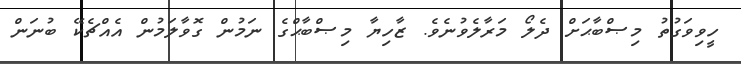
ހީވިވަގުތު މިޞްބާޙަށް ދެލޯ މަރާލެވުނެވެ. ޒާހިޔާ މިޞްބާޙްގެ ނަމުން ގޮވާލަމުން އެއްޗެކޭ ބުނަން